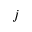
j